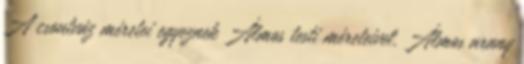
A csontváz méretei egyeznek Álmos testi méreteivel. Álmos arany